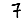
Digit: 7